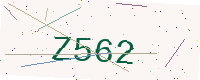
Text: Z562